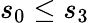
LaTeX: s_{0}\leq s_{3}